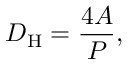
D _ { \mathrm { H } } = { \frac { 4 A } { P } } ,